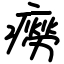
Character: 癆